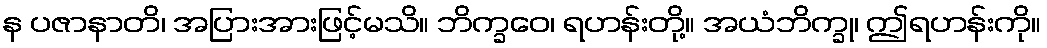
န ပဇာနာတိ၊ အပြားအားဖြင့်မသိ။ ဘိက္ခဝေ၊ ရဟန်းတို့။ အယံဘိက္ခု၊ ဤရဟန်းကို။